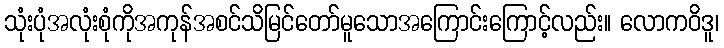
သုံးပုံအလုံးစုံကိုအကုန်အစင်သိမြင်တော်မူသောအကြောင်းကြောင့်လည်း။ လောကဝိဒူ၊